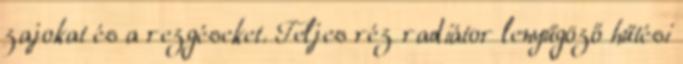
zajokat és a rezgéseket. Teljes réz radiátor lenyűgöző hűtési